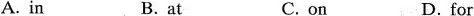
A. in B. at C. on D. for